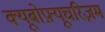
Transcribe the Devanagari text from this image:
क्यूबोफ़्यूचरिज़म